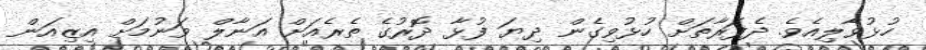
ހުޅުވާލިއެވެ. ދެފަރާތަށް ހުޅުވިގެން ދިޔަ ފުޅާ ދޮރުގެ ތެރެއަށް އަނާލް ވަނުމަށް އިޒިއަން